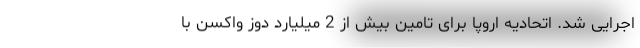
اجرایی شد. اتحادیه اروپا برای تامین بیش از 2 میلیارد دوز واکسن با